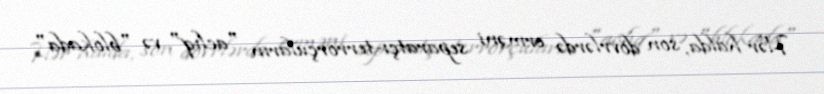
Hər halda, son dövrlərdə erməni separatçı-terrorçuların "aclıq" və "blokada"